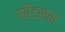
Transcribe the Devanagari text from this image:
ग्रैडसन